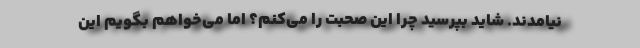
نیامدند. شاید بپرسید چرا این صحبت را می‌کنم؟ اما می‌خواهم بگویم این